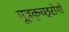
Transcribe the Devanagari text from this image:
मूत्रकृच्छ्ररोगी